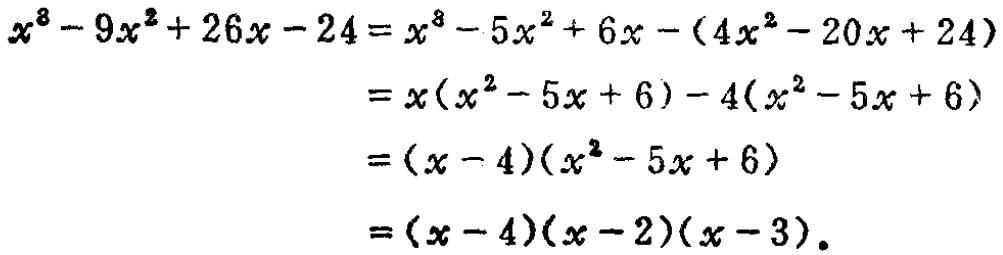
\[
\begin{align*}
x^{3}-9x^{2}+26x - 24&=x^{3}-5x^{2}+6x-(4x^{2}-20x + 24)\\
&=x(x^{2}-5x + 6)-4(x^{2}-5x + 6)\\
&=(x - 4)(x^{2}-5x + 6)\\
&=(x - 4)(x - 2)(x - 3).
\end{align*}
\]